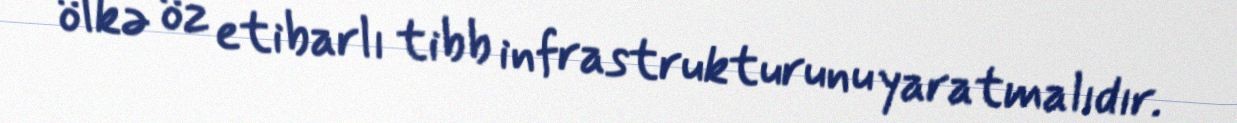
ölkə öz etibarlı tibb infrastrukturunu yaratmalıdır.